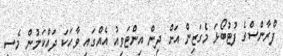
ފްރާންސްގެ ފުޓުބޯޅަ މެގަޒިން އަށް ދިން އިންޓަވިއު އެއްގައި ވާހަކަ ދައްކަމުން މެސީ